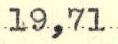
19,71